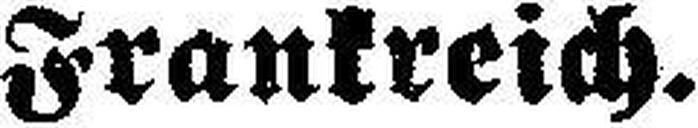
Frankreich.